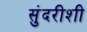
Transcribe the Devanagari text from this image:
सुंदरीशी